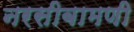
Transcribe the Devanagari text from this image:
नरसीबामणी